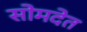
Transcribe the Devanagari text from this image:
सोमदेत